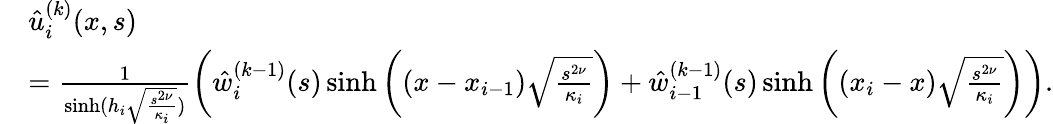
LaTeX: \begin{array}{rl}&{\hat{u}_{i}^{(k)}(x,s)}\\ &{=\frac{1}{\sinh(h_{i}\sqrt{\frac{s^{2\nu}}{\kappa_{i}}})}\left(\hat{w}_{i}^{(k-1)}(s)\sinh\left((x-x_{i-1})\sqrt{\frac{s^{2\nu}}{\kappa_{i}}}\right)+\hat{w}_{i-1}^{(k-1)}(s)\sinh\left((x_{i}-x)\sqrt{\frac{s^{2\nu}}{\kappa_{i}}}\right)\right).}\end{array}